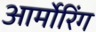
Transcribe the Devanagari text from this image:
आर्मोरिंग